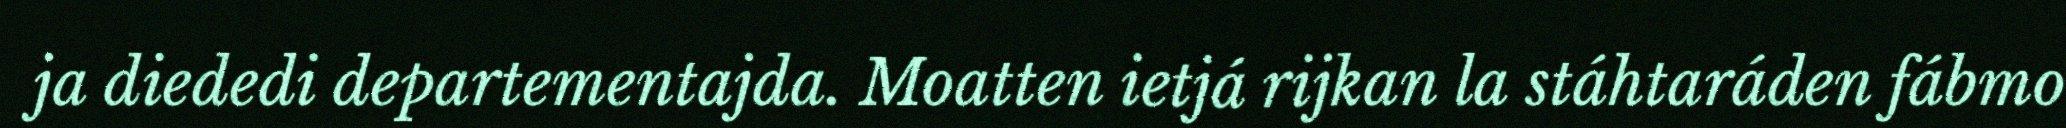
ja diededi departementajda. Moatten ietjá rijkan la stáhtaráden fábmo